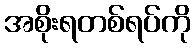
အစိုးရတစ်ရပ်ကို